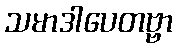
သမာဒါပေတဗ္ဗာ